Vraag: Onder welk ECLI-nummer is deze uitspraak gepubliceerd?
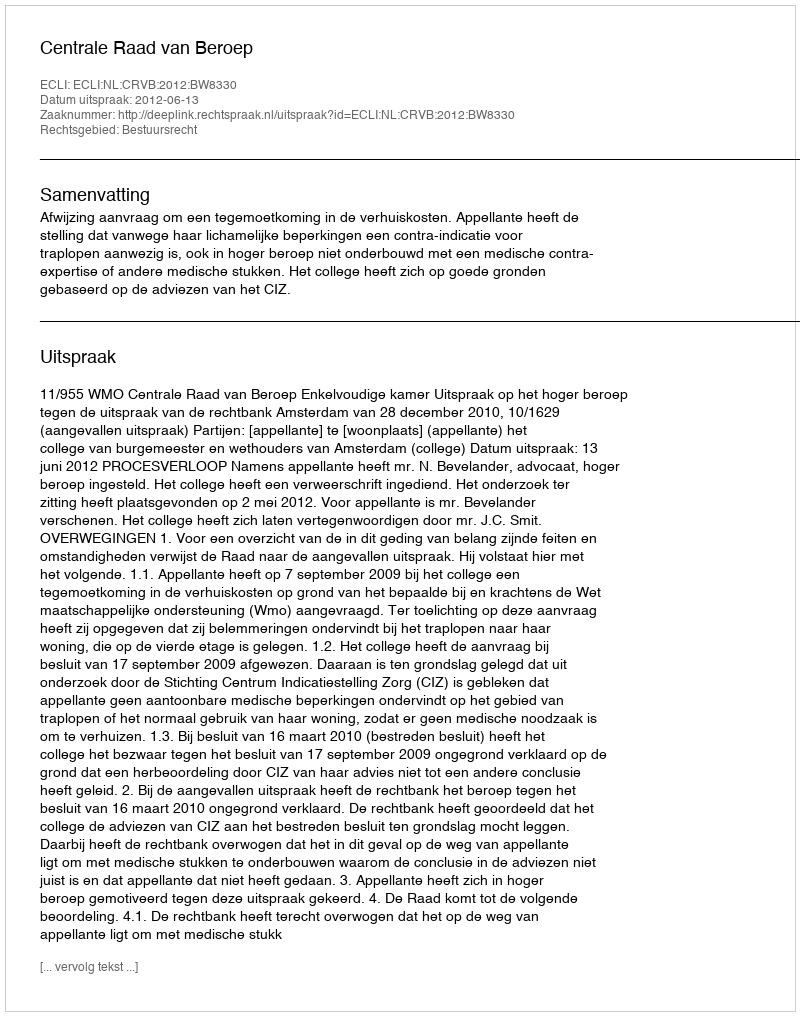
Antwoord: ECLI:NL:CRVB:2012:BW8330